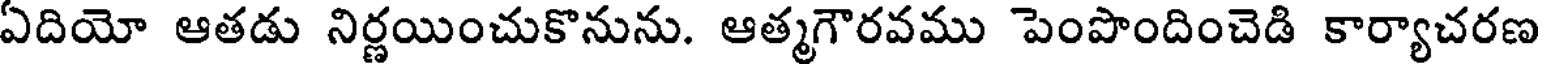
ఏదియో ఆతడు నిర్ణయించుకొనును. ఆత్మగౌరవము పెంపొందించెడి కార్యాచరణ